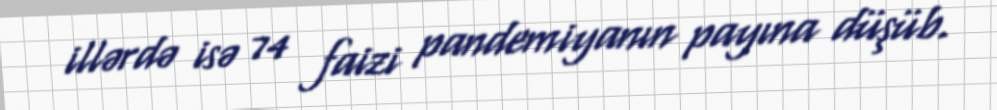
illərdə isə 74 faizi pandemiyanın payına düşüb.